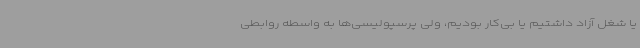
یا شغل آزاد داشتیم یا بی‌کار بودیم، ولی پرسپولیسی‌ها به واسطه روابطی